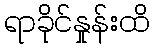
ရာခိုင်နှုန်းထိ